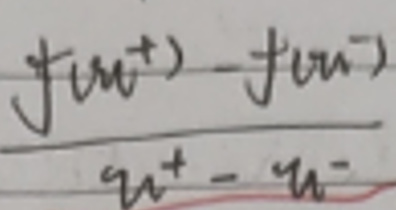
$\frac{f(u^{+}) - f(u^{-})}{u^{+}-u^{-}}$